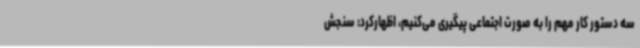
سه دستور کار مهم را به صورت اجتماعی پیگیری می‌کنیم، اظهارکرد: سنجش